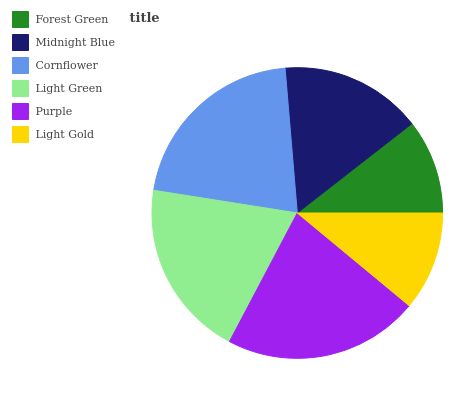
| Forest Green | Midnight Blue | Cornflower | Light Green | Purple | Light Gold |
 | --- | --- | --- | --- | --- | --- |
 | 10.5% | 15.8% | 21.2% | 19.8% | 21.7% | 11% |